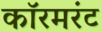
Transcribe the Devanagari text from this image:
कॉरमरंट